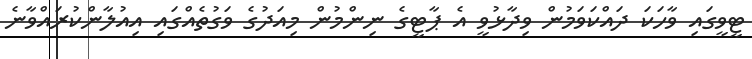
ޓީވީގައި ވާހަކަ ދައްކަވަމުން ވިދާޅުވީ އެ ޕާޓީގެ ނިންމުން މިއަދުގެ ވަގުތެއްގައި އިއުލާންކުރައްވާނެ